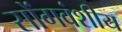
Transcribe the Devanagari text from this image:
सोंगवंशीय